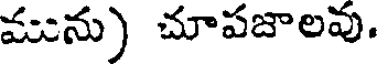
మును) చూపజాలవు.